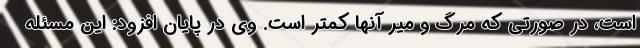
است، در صورتی که مرگ و میر آنها کمتر است. وی در پایان افزود: این مسئله